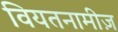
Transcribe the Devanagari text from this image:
वियतनामीज़